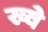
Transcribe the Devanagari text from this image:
ख्वे